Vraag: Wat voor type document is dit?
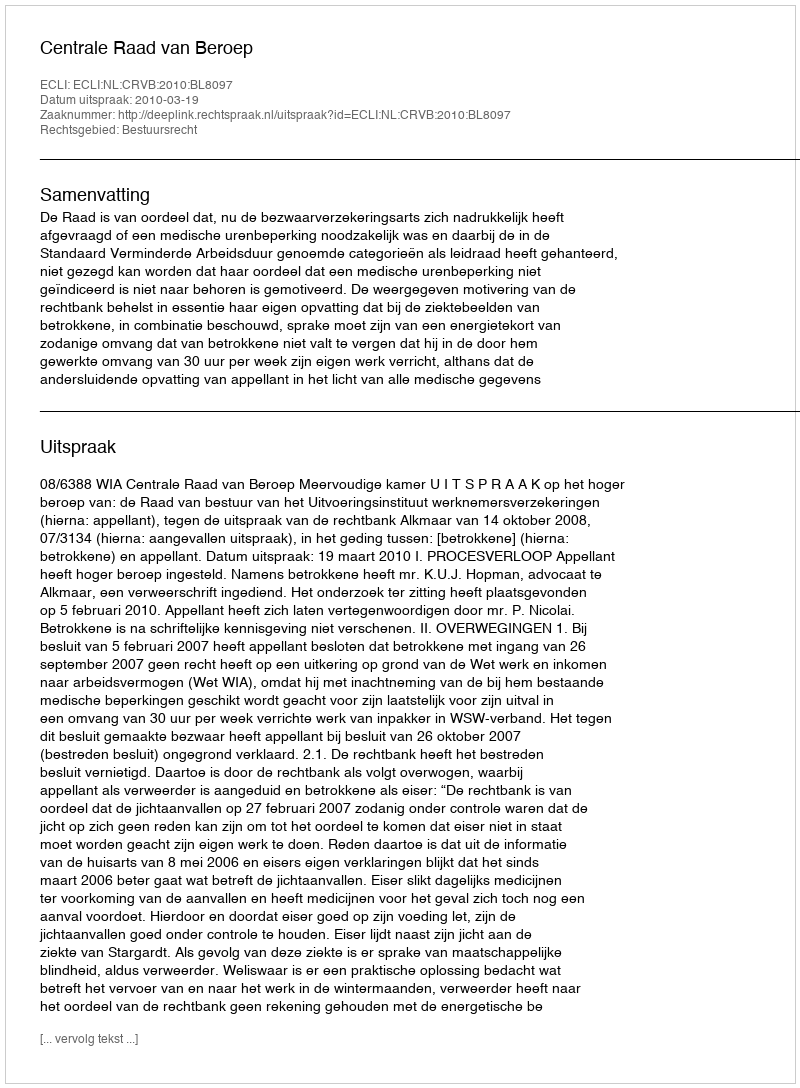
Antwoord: Uitspraak